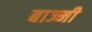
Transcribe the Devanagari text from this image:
बाज्मी